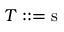
T : : = { \mathrm { s } } \,